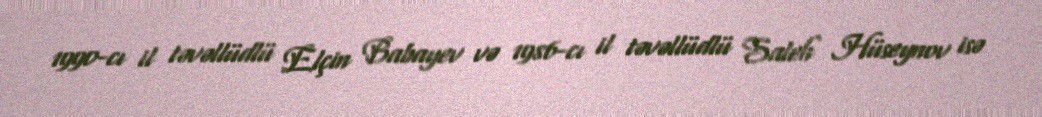
1990-cı il təvəllüdlü Elçin Babayev və 1986-cı il təvəllüdlü Saleh Hüseynov isə